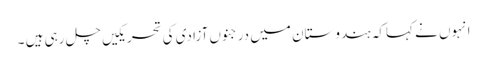
انہوں نے کہاکہ ہندوستان میں درجنوں آزادی کی تحریکیں چل رہی ہیں ۔